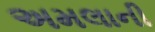
અમલાની